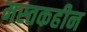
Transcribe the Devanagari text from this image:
मस्तकहीन